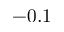
- 0 . 1